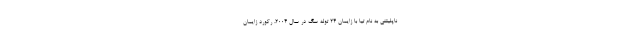
ناپلیتنی به نام تیا با زایمان ۲۴ توله سگ در سال ۲۰۰۴، رکورد زایمان